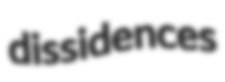
dissidences